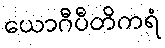
ယောဂီပီတိကရံ